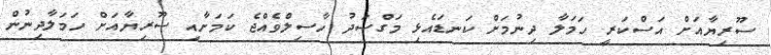
ސޫރިޔާއަށް އަސްކަރީ ހަމަލާ ދިނުމަށް ކަނޑައެޅި މަގްސަދު ހާސިލްވެއްޖެ ކަމަށާއި ސޫރިޔާއަށް ހަމަލާދިނުން